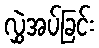
လွှဲအပ်ခြင်း